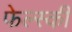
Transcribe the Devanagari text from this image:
फेल्स्की